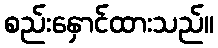
စည်းနှောင်ထားသည်။